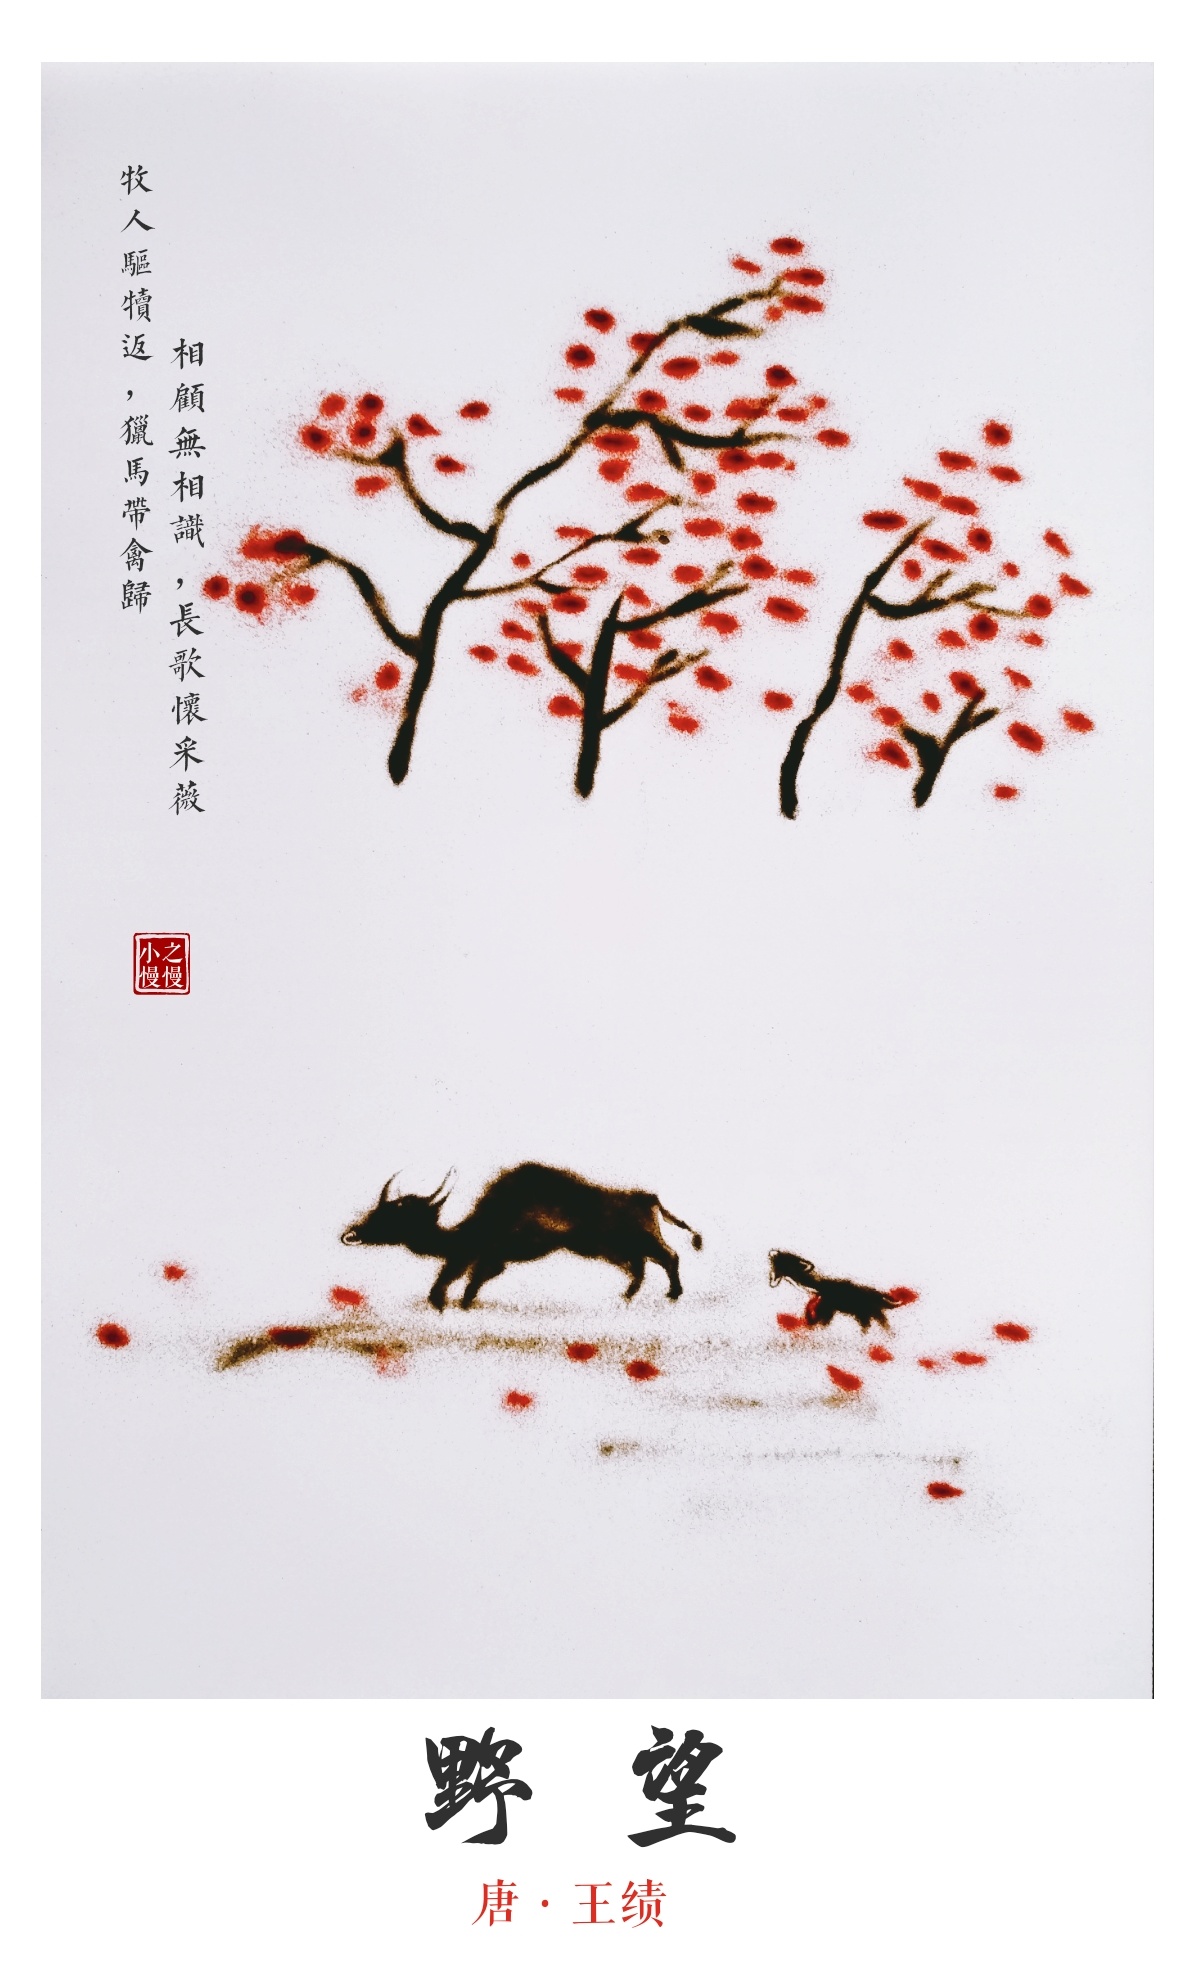
相顾无相识，长歌怀采薇。